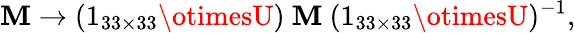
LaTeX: \mathbf{M}\rightarrow(1_{33\times33}\otimesU)\ \mathbf{M}\ (1_{33\times33}\otimesU)^{-1},